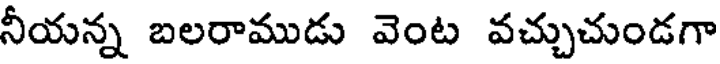
నీయన్న బలరాముడు వెంట వచ్చుచుండగా